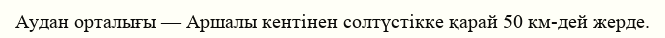
Аудан орталығы — Аршалы кентінен солтүстікке қарай 50 км-дей жерде.